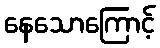
နေသောကြောင့်